Scottish Certificate of Education, 1962
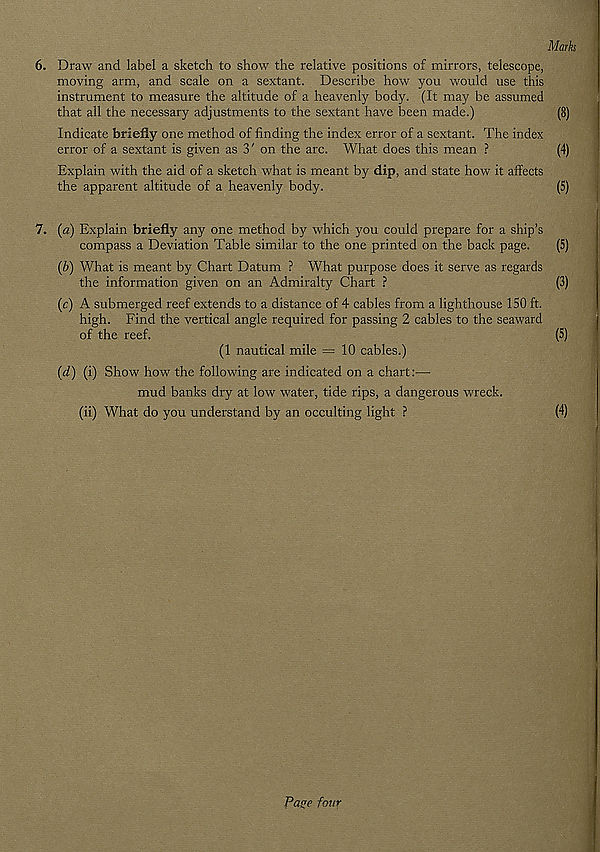
Marks
6. Draw and label a sketch to show the relative positions of mirrors, telescope,
moving arm, and scale on a sextant. Describe how you would use this
instrument to measure the altitude of a heavenly body. (It may be assumed
that all the necessary adjustments to the sextant have been made.)
(8)
Indicate briefly one method of finding the index error of a sextant. The index
error of a sextant is given as 3' on the arc. What does this mean ?
(4)
Explain with the aid of a sketch what is meant by dip, and state how it affects
the apparent altitude of a heavenly body.
(5)
7. (a) Explain briefly any one method by which you could prepare for a ship’s
compass a Deviation Table similar to the one printed on the back page.
(S)
(b) What is meant by Chart Datum ? What purpose does it serve as regards
the information given on an Admiralty Chart ?
(3)
(c) A submerged reef extends to a distance of 4 cables from a lighthouse 150 ft.
high. Find the vertical angle required for passing 2 cables to the seaward
of the reef.
(5)
(1 nautical mile =10 cables.)
(d) (i) Show how the following are indicated on a chart:—
mud banks dry at low water, tide rips, a dangerous wreck.
(ii) What do you understand by an occulting light ?
(4)
Pflge four